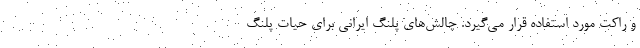
و راکت مورد استفاده قرار می‌گیرد. چالش‌های پلنگ ایرانی برای حیات پلنگ